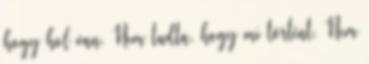
hogy hol van. Nem tudta, hogy mi történt. Nem